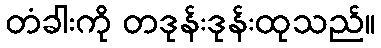
တံခါးကို တဒုန်းဒုန်းထုသည်။